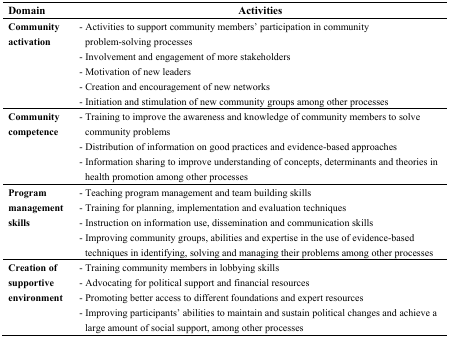
<table><thead><tr><td><b>Domain</b></td><td><b>Activities</b></td></tr></thead><tbody><tr><td><b>Community activation</b></td><td>- Activities to support community members’ participation in community problem-solving processes- Involvement and engagement of more stakeholders- Motivation of new leaders- Creation and encouragement of new networks- Initiation and stimulation of new community groups among other processes</td></tr><tr><td><b>Community competence</b></td><td>- Training to improve the awareness and knowledge of community members to solve community problems- Distribution of information on good practices and evidence-based approaches- Information sharing to improve understanding of concepts, determinants and theories in health promotion among other processes</td></tr><tr><td><b>Program management skills</b></td><td>- Teaching program management and team building skills- Training for planning, implementation and evaluation techniques- Instruction on information use, dissemination and communication skills- Improving community groups, abilities and expertise in the use of evidence-based techniques in identifying, solving and managing their problems among other processes</td></tr><tr><td><b>Creation of supportive environment</b></td><td>- Training community members in lobbying skills- Advocating for political support and financial resources- Promoting better access to different foundations and expert resources- Improving participants’ abilities to maintain and sustain political changes and achieve a large amount of social support, among other processes</td></tr></tbody></table>